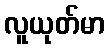
လူယုတ်မာ